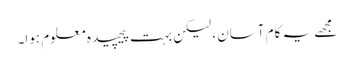
مجھے یہ کام آسان ، لیکن بہت پیچیدہ معلوم ہوا۔